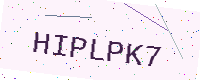
Text: HIPLPK7